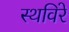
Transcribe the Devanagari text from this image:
स्थविरे